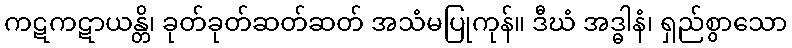
ကဋကဋာယန္တိ၊ ခုတ်ခုတ်ဆတ်ဆတ် အသံမပြုကုန်။ ဒီဃံ အဒ္ဓါနံ၊ ရှည်စွာသော